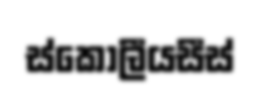
ස්කෝලීයසීස්